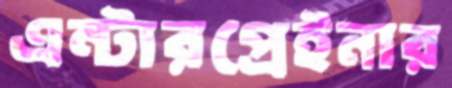
এন্টারপ্রেইনার